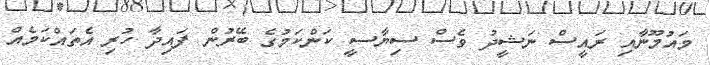
މައުމޫނާއި ރައީސް ނަޝީދު ވެސް ސިޔާސީ ކަންކަމުގެ ބޭރުން ފައިދާ ހުރި އެތައްކަމެއް